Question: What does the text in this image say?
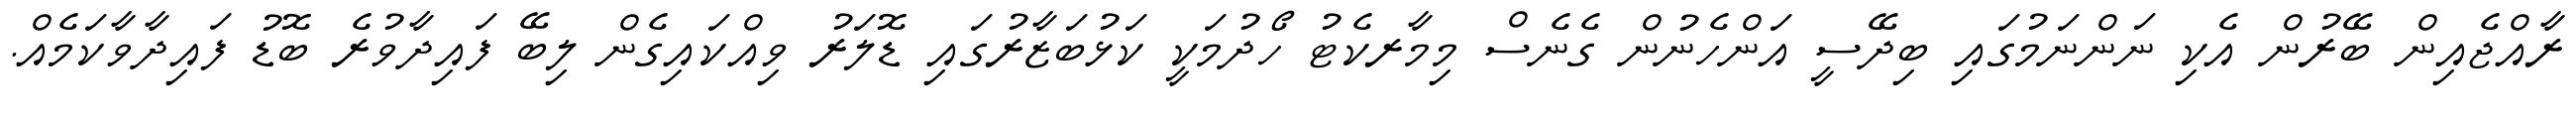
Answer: ރާއްޖެއިން ބޭރުން އެކި ނަންނަމުގައި ބިދޭސީ އަންހެނުން ގެނެސް މިމާރކެޓު ހޯދުމަކީ ކަޅުބަޒާރުގައި ޑޮލަރު ވިއްކައިގެން ލިބޭ ފައިދާވުރެ ބޮޑު ފައިދާވާކަމެއް.